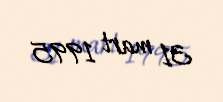
31 mart 1995